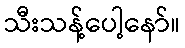
သီးသန့်ပေါ့နော်။